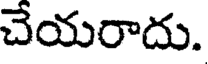
చేయరాదు.